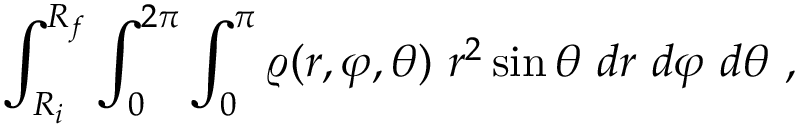
\int _ { R _ { i } } ^ { R _ { f } } \int _ { 0 } ^ { 2 \pi } \int _ { 0 } ^ { \pi } \varrho ( r , \varphi , \theta ) \ r ^ { 2 } \sin \theta \ d r \ d \varphi \ d \theta \ ,